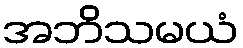
အဘိသမယံ